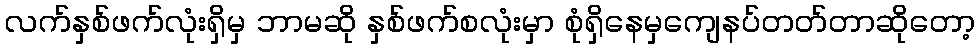
လက်နှစ်ဖက်လုံးရှိမှ ဘာမဆို နှစ်ဖက်စလုံးမှာ စုံရှိနေမှကျေနပ်တတ်တာဆိုတော့